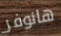
هانوفر